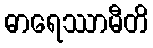
ဓာရေဿာမီတိ